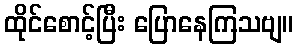
ထိုင်စောင့်ပြီး ပြောနေကြသဗျ။